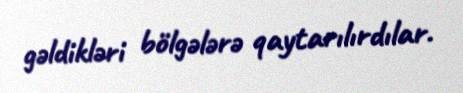
gəldikləri bölgələrə qaytarılırdılar.